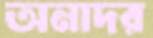
অনাদর